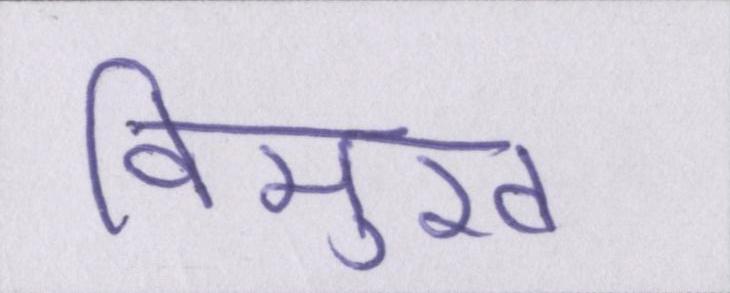
विमुख